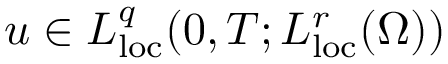
u \in L _ { \mathrm { l o c } } ^ { q } ( 0 , T ; L _ { \mathrm { l o c } } ^ { r } ( \Omega ) )